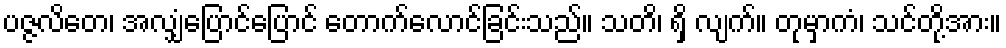
ပဇ္ဇလိတေ၊ အလျှံပြောင်ပြောင် တောက်လောင်ခြင်းသည်။ သတိ၊ ရှိ လျက်။ တုမှာကံ၊ သင်တို့အား။